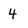
Character: 4